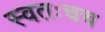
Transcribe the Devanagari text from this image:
स्वतःचच